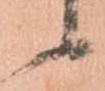
候